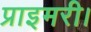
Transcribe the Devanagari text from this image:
प्राइमरी।